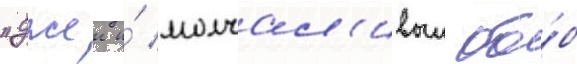
"джеи и́ молчал'ивыи бо́б